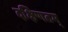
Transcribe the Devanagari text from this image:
दक्षिणतम्